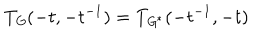
LaTeX: T _ { \mathit { G } } ( - t , - t ^ { - 1 } ) = T _ { \mathit { G } ^ { \ast } } ( - t ^ { - 1 } , - t )